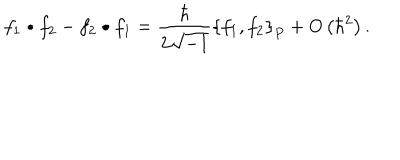
f _ { 1 } \bullet f _ { 2 } - f _ { 2 } \bullet f _ { 1 } = \frac { \hbar } { 2 \sqrt { - 1 } } \left\{ f _ { 1 } , f _ { 2 } \right\} _ { P } + O \left( \hbar ^ { 2 } \right) .